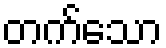
တက်သော